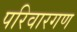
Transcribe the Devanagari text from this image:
परिवारगण